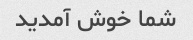
شما خوش آمدید